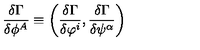
\frac { \delta \Gamma } { \delta \phi ^ { A } } \equiv \bigg ( \frac { \delta \Gamma } { \delta \varphi ^ { i } } , \frac { \delta \Gamma } { \delta \psi ^ { \alpha } } \bigg )